Annual administration report of the Civil Veterinary Department of India - 1895-1896
Year: 1895
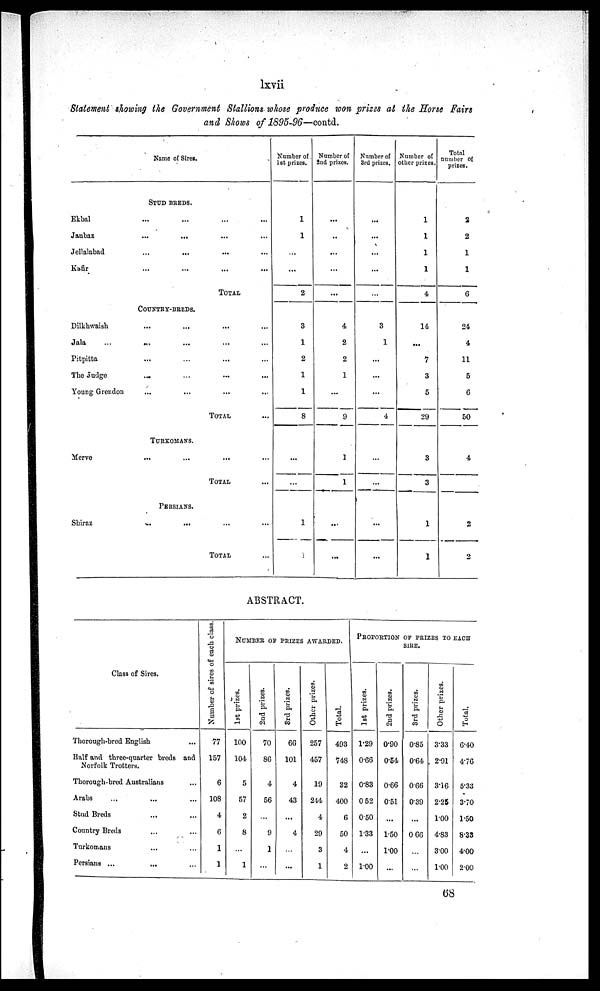
lxvii
Statement showing the Government Stallions whose produce won prizes at the Horse Fairs
and Shows of 1895-96—contd.
Name of Sires.
STUD BREDS.
Ekbal...
...
...
...
Janbaz
...
...
......
Jellalabad
...
...
...
...
Kafir
...
...
......
TOTAL
COUNTRY-BREDS.
Dilkhwaish
...
...
...
...
Jala
...
...
...
Pitpitta
...
...
...
...
The Judge
...
...
...
...
Young Grendon ...
...
...
...
TOTAL...
TURKOMANS.
Merve...
......
...
TOTAL...
PERSIANS.
Shiraz
...
...
... ...
TOTAL ...
Number of
1st prizes.
1
1
...
...
2
3
1
2
1
1
8
...
...
1
...
Number of
2nd prizes.
...
......
...
...
...
4
2
2
1
...
9
1
1
...
...
Number of
3rd prizes.
...
...
...
...
...
3
1
...
...
...
4
...
...
...
...
Number of
other prizes.
1
I
1
1
4
14
...
7
3
5
29
3
3
1
1
Total
number of
prizes.
2
2
1
1
6
24
4
11
5
6
50
4
2
2
ABSTRACT.
Class of Sires.
Thorough-bred English...
Half and three-quarter breds and
Norfolk Trotters.
Thorough-bred Australians...
Arabs... ...
Stud Breds
...
...
Country Breds ... ...
Turkomans ... ...
Persians ...
... ...
Number of sires of each class.
77
157
6
108
4
6
1
1
NUMBER OF PRIZES AWARDED.
1st prizes.
100
104
5
57
2
8
...
1
2nd prizes.
70
86
4
56
...
9
1
...
3rd prizes.
66
101
4
43
...
4
...
...
Other prizes.
257
457
19
244
4
29
3
1
Total.
493
748
32
400
6
50
4
2
PROPORTION OF PRIZES TO EACH
SIRE.
1st prizes.
1.29
0.66
0.83
0 52
0.50
133
...
1.00
2nd prizes.
0.90
0.54
0.66
0.51
...
1.50
1.00
...
3rd prizes.
0.85
0.64
0.66
0.39
...
0.66
...
...
Other prizes.
3.33
2.91
3.16
2.25
1.00
4.83
3.00
1.00
Total.
6.40
4.76
5.33
3.70
1.50
8.33
4.00
2.00
68